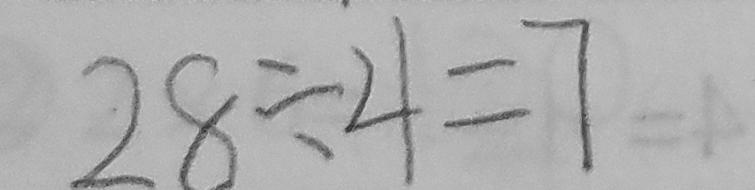
2 8 \div 4 = 7